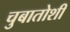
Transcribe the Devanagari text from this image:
चुबातोशी